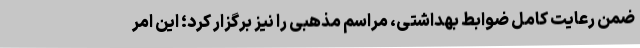
ضمن رعایت کامل ضوابط بهداشتی، مراسم مذهبی را نیز برگزار کرد؛ این امر